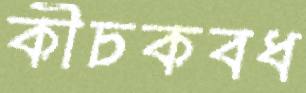
কীচকবধ